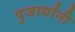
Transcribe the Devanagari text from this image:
पुजार्यांनी